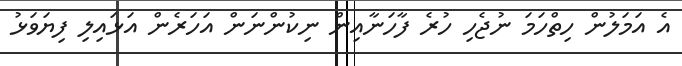
އެ އަމަލުން ހިތްހަމަ ނުޖެހި ހުރެ ފާހަނާއިން ނިކުންނަން އަހަރެން އަޅައިލި ފިޔަވަޅު